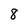
Character: 8